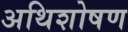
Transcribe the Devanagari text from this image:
अथिशोषण